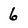
Character: 6